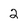
Character: 2